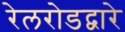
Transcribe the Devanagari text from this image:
रेलरोडद्वारे